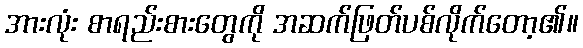
အားလုံး စာရည်းစားတွေကို အဆက်ဖြတ်ပစ်လိုက်တော့၏။